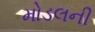
મોડલની